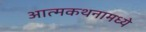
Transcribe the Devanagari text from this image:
आत्मकथनामध्ये